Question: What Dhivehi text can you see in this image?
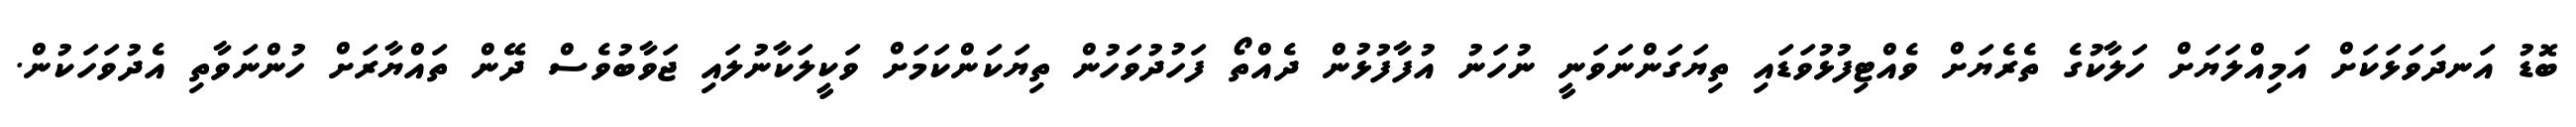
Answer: ބޮޑު އަނދަވަޅަކަށް އަމިއްލަޔަށް ހަލާކުގެ ތެރެޔަށް ވެއްޓިފުޅުވަޑައި ތިޔަގަންނަވަނީ ނުހަނު އުފާފުޅުން ދެއްތޯ ފަހުދުވަހުން ތިޔަކަންކަމަށް ވަކީލަކާނުލައި ޖަވާބުވެސް ދޭން ތައްޔާރަށް ހުންނަވާތި އެދުވަހަކުން.